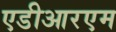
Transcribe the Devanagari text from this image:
एडीआरएम